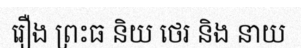
រឿង ព្រះធ និយ ថេរ និង នាយ